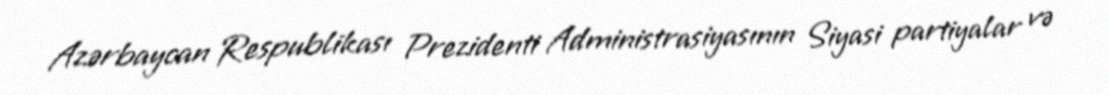
Azərbaycan Respublikası Prezidenti Administrasiyasının Siyasi partiyalar və